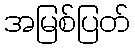
အမြစ်ပြတ်